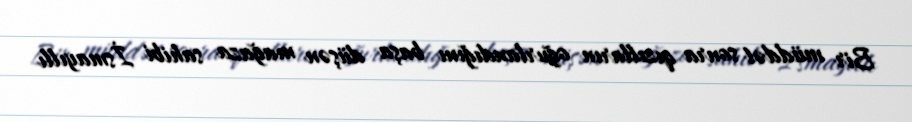
Bir müddət sonra qızılların oğurlandığını başa düşən mağaza sahibi İsmayıllı